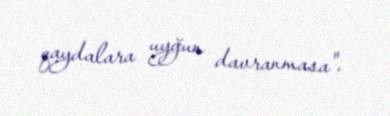
qaydalara uyğun davranmasa".